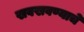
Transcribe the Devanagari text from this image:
खवखवण्याचे